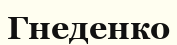
Гнеденко